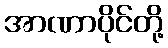
အာဏာပိုင်တို့